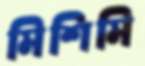
মিশিমি